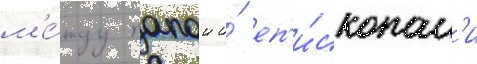
м'е́жду папои и́ еп'и́скопам'и